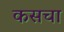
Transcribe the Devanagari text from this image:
कसचा